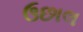
ઉછાલ